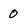
Character: 0